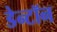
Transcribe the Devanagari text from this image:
डेन्टॉन